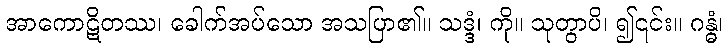
အာကောဋိတဿ၊ ခေါက်အပ်သော အသပြာ၏။ သဒ္ဒံ၊ ကို။ သုတွာပိ၊ ၍၎င်း။ ဂန္ဓံ၊